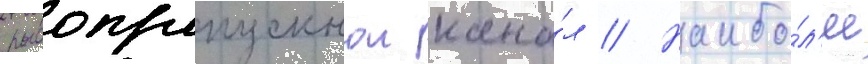
рыбопропускнои кана́л // Наибо́л'ее